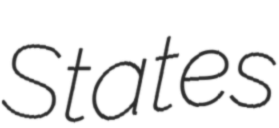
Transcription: States